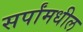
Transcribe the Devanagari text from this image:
सर्पांमधील